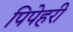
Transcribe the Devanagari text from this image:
पिपेहरी